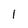
Character: 1